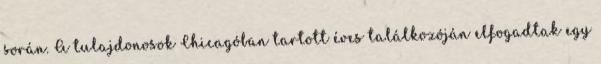
során. A tulajdonosok Chicagóban tartott éves találkozóján elfogadtak egy